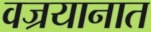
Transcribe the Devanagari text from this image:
वज्रयानात